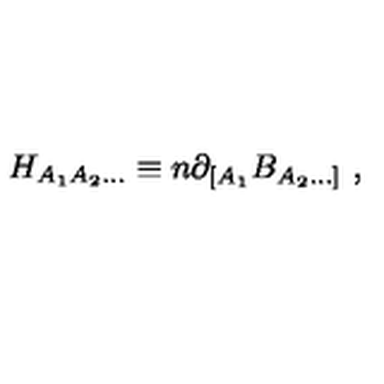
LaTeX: H _ { A _ { 1 } A _ { 2 } \ldots } \equiv n \partial _ { [ A _ { 1 } } B _ { A _ { 2 } \ldots ] } \ ,